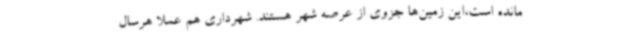
مانده است،این زمین‌ها جزوی از عرصه شهر هستند. شهرداری هم عملاً هرسال